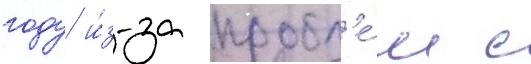
году и́з-за пробл'е́м с